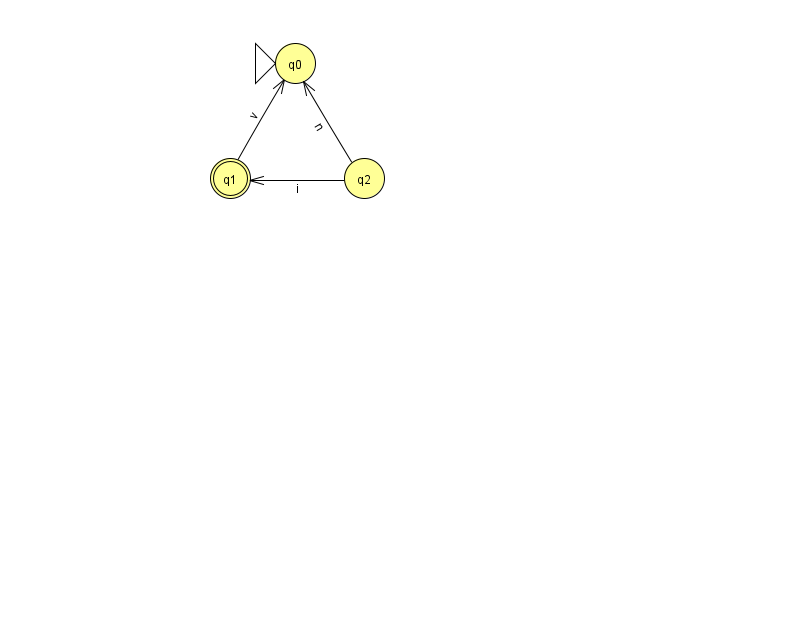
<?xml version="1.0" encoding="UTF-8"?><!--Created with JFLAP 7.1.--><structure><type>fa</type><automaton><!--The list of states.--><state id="0" name="q0"><x>295.0</x><y>50.0</y><initial/></state><state id="1" name="q1"><x>230.0</x><y>165.0</y><final/></state><state id="2" name="q2"><x>364.0</x><y>165.0</y></state><!--The list of transitions.--><transition><from>2</from><to>0</to><read>n</read></transition><transition><from>1</from><to>0</to><read>v</read></transition><transition><from>2</from><to>1</to><read>i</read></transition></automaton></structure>